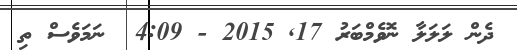
ދެން ލަލަލާ ނޮވެމްބަރު 17